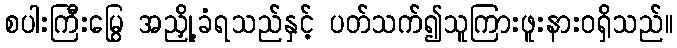
စပါးကြီးမြွေ အညှို့ခံရသည်နှင့် ပတ်သက်၍သူကြားဖူးနားဝရှိသည်။